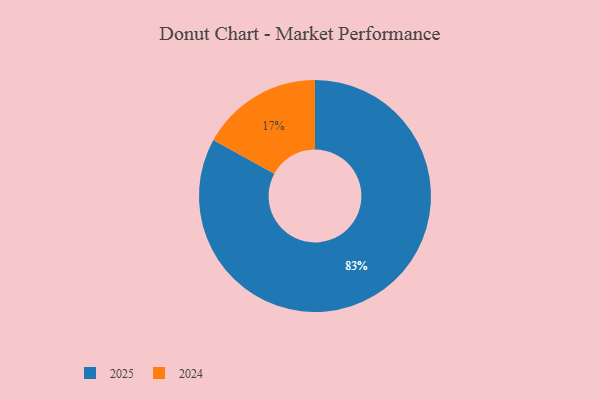
{"axis": {"x": "Category", "y": "Percentage"}, "legend": ["2024", "2025"], "data": [{"x": "2025", "y": 83, "type": "2025"}, {"x": "2024", "y": 17, "type": "2024"}]}